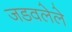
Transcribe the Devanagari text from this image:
जडवलेले